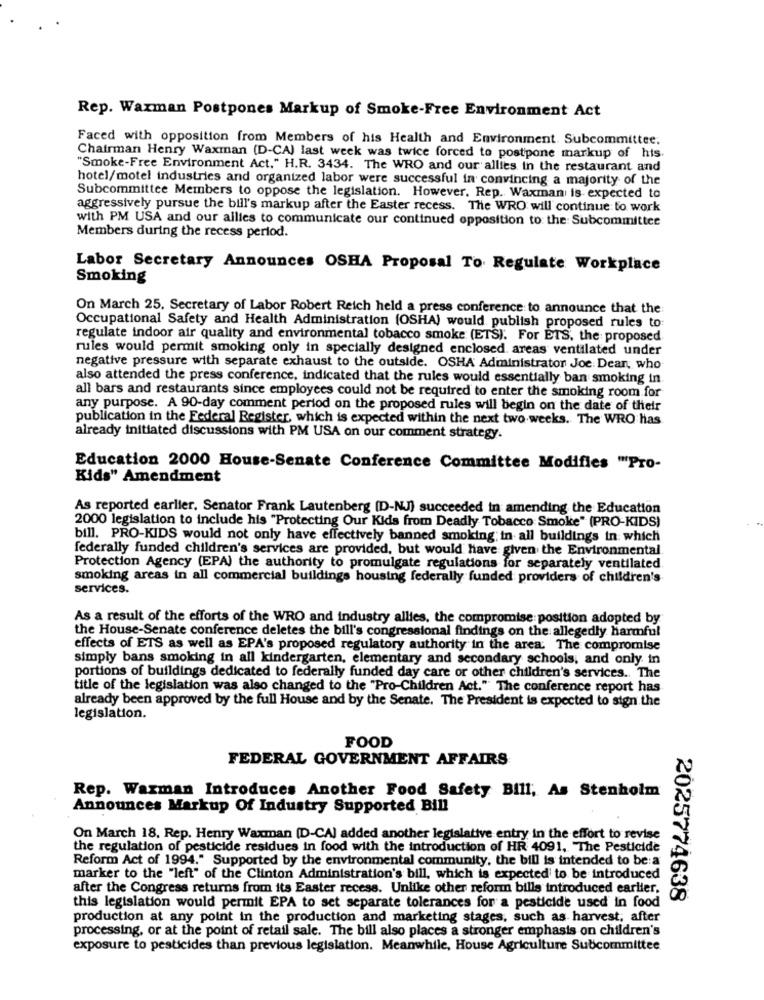
Rep. Waxman Postpones Markup of Smoke-Free Environment Act
Faced with opposition from Members of his Health and Environment. Subcommittee.
Chairman Henry Waxman (D-CA) last week was twice forced to postpone markup of his
"Smoke-Free Environment Act." H.R. 3434. The WRO and our allies in the restaurant and
hotel/motel industries and organized labor were successful in convincing a majority of the
Subcommittee Members to oppose the legislation. However. Rep. Waxman is expected to
aggressively pursue the bill's markup after the Easter recess. The WRO will continue to work
with PM USA and our allies to communicate our continued opposition to the Subcommittee
Members during the recess period.
Labor Secretary Announces OSHA Proposal To Regulate Workplace
Smoking
On March 25, Secretary of Labor Robert Reich held a press conference to announce that the
Occupational Safety and Health Administration (OSHA) would publish proposed rules to:
regulate indoor air quality and environmental tobacco smoke (ETS). For ETS, the proposed
rules would permit smoking only in specially designed enclosed. areas ventilated under
negative pressure with separate exhaust to the outside. OSHA Administrator Joe: Dean, who
also attended the press conference, indicated that the rules would essentially ban smoking in
all bars and restaurants since employees could not be required to enter the smoking room for
any purpose. A 90-day comment period on the proposed rules will begin on the date of their
publication in the Federal Register, which is expected within the next two weeks. The WRO has
already initiated discussions with PM USA on our comment strategy.
Education 2000 House-Senate Conference Committee Modifies "Pro-
Kids" Amendment
As reported earlier, Senator Frank Lautenberg [D-NJ) succeeded in amending the Education
2000 legislation to include his "Protecting Our Kids from Deadly Tobacco Smoke" (PRO-KIDS)
bill. PRO-KIDS would not only have effectively banned smoking; in all buildings in which
federally funded children's services are provided, but would have given the Environmental
Protection Agency (EPA) the authority to promulgate regulations for separately ventilated.
smoking areas in all commercial buildings housing federally funded providers of children's
services.
As a result of the efforts of the WRO and industry allies, the compromise: position adopted by
the House-Senate conference deletes the bill's congressional findings on the allegedly harmful
effects of ETS as well as EPA's proposed regulatory authority in the area: The compromise
simply bans smoking in all kindergarten, elementary and secondary schools, and only in
portions of buildings dedicated to federally funded day care or other children's services. The
title of the legislation was also changed to the "Pro-Children Act." The conference report has
already been approved by the full House and by the Senate. The President is expected to sign the
legislation.
FOOD
FEDERAL GOVERNMENT AFFAIRS
Rep. Waxman Introduces Another Food Safety Bill, As Stenholm
Announces Markup Of Industry Supported Bill
On March 18. Rep. Henry Waxman [D-CAI added another legislative entry in the effort to revise
the regulation of pesticide residues in food with the introduction of HR 4091, The Pesticide
Reform Act of 1994." Supported by the environmental community, the bill is intended to be a
marker to the "left" of the Clinton Administration's bill, which is expected to be introduced
after the Congress returns from its Easter recess. Unlike other reform bills introduced earlier,
2025774638
this legislation would permit EPA to set separate tolerances for a pesticide used in food
production at any point in the production and marketing stages, such as harvest, after
processing, or at the point of retail sale. The bill also places a stronger emphasis on children's
exposure to pesticides than previous legislation. Meanwhile, House Agriculture Subcommittee